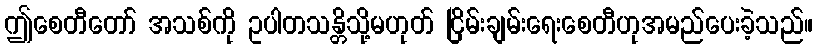
ဤစေတီတော် အသစ်ကို ဥပါတသန္တိသို့မဟုတ် ငြိမ်းချမ်းရေးစေတီဟုအမည်ပေးခဲ့သည်။